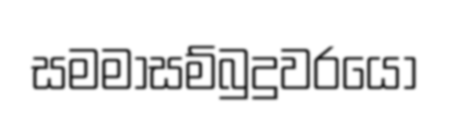
සමමාසම්බුදුවරයෝ